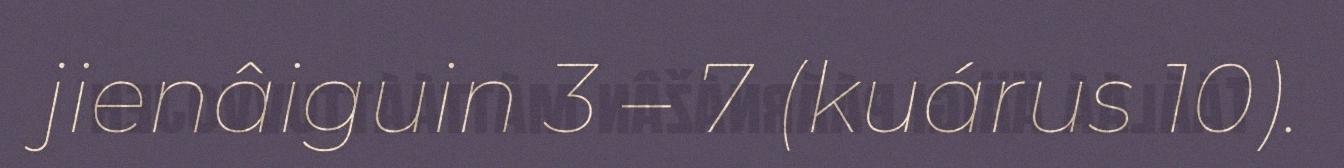
jienâiguin 3 – 7 (kuárus 10).